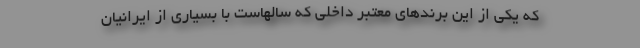
که یکی از این برندهای معتبر داخلی که سالهاست با بسیاری از ایرانیان